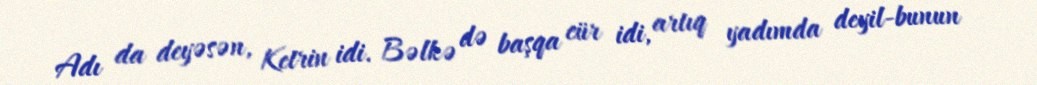
Adı da deyəsən, Ketrin idi. Bəlkə də başqa cür idi, artıq yadımda deyil-bunun